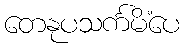
တေနုပသင်္ကမိံပေ